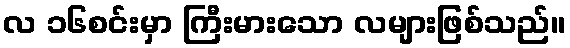
လ ၁၆စင်းမှာ ကြီးမားသော လများဖြစ်သည်။